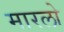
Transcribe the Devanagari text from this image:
मारलो